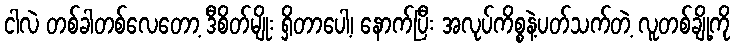
ငါလဲ တစ်ခါတစ်လေတော့ ဒီစိတ်မျိုး ရှိတာပေါ့၊ နောက်ပြီး အလုပ်ကိစ္စနဲ့ပတ်သက်တဲ့ လူတစ်ချို့ကို